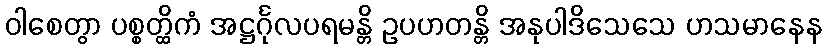
ဝါစေတွာ ပစ္စတ္ထိကံ အဋ္ဌင်္ဂုလပရမန္တိ ဥပဟတန္တိ အနုပါဒိသေသေ ဟသမာနေန